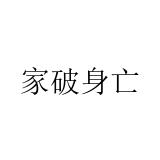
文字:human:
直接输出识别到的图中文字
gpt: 家破身亡